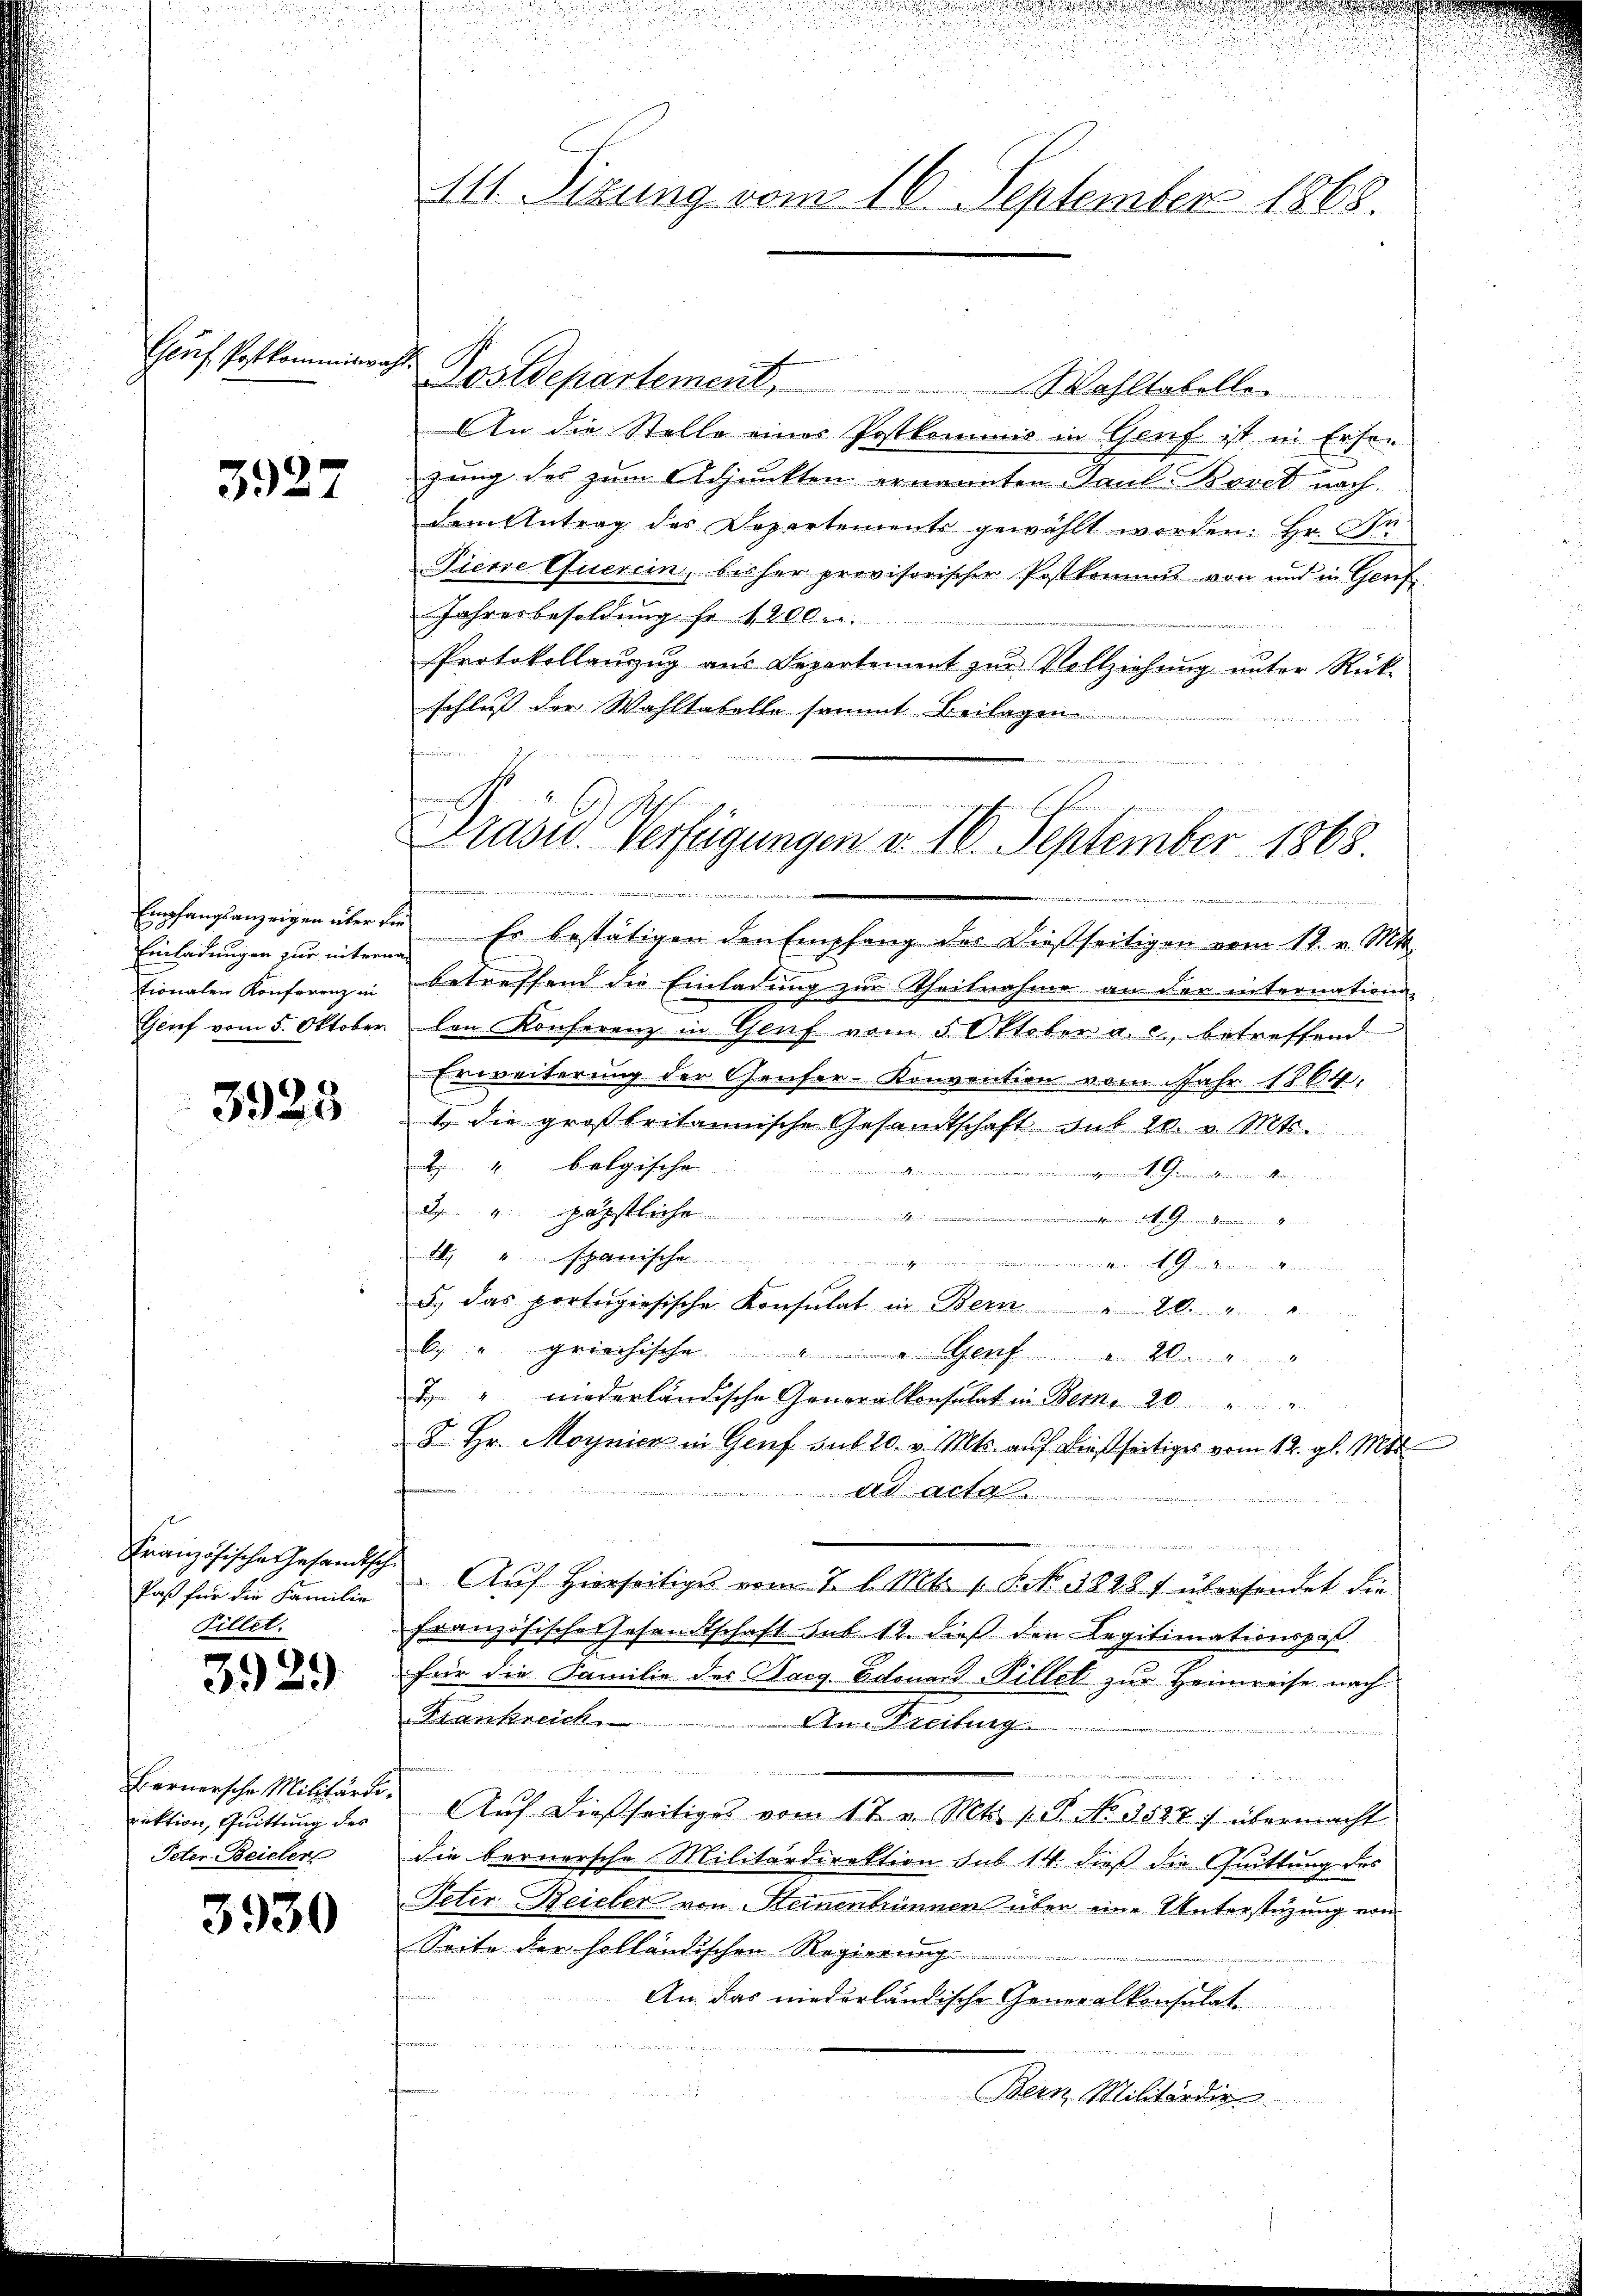
Geuf Postkommiswahl

3927

Einladungen zur internationalen Konferenz in
Genf vom 5. Oktober

3925

Französische Gesandtsch
Paß für die Familie
Fillet.

3929.

Bernersche Militärdirektion, Quittung des
Peter Beieler

3930

111. Sizung vom 16. September 1868.

Postdepartement,

Prasis Verfügungen d. 16. September 1868.
2
.

Waltabelle
An die Stelle einer Postkommis in Genf ist in Erse
zung des zum Adjunkten ernannten Paul. Bovet nach
dem Antrag des Departements gewählt worden: Hr. Dr
Pierre Querein, bisher provisorischer Postkommis von und in Genf
Jahresbesoldung fr 4 Ellen.
Protokollanzug aus Departement zur Vollziehung unter Rück-
schluss der Wahltabelle sammt Beilagen
Empfangsanzeigen über die Er bestätigen den Empfang des Dießseitigen vom 17. v. Mtt.
betreffend die Einladung zur Theilnahme an der internation
len Konferenz in Genf vom 3 Oktober a. c., betreffend
Erweiterung der Genfer-Konvention vom Jahr 1864.
1. die großbritannische Gesandtschaft mit 20. v. Mts.
Z. 4. belgischen
...............
apäpstliche
.................................
4haerische
...........................
S. das portugisische Konsulat in Bern 20.
b griechische Genf
2 " niederländische Generalkonsulat in Berne 20
8. Hr. Moynier in Genf sub 20. v. Mts. auf dießseitiges vom 12. gl. Mt
Ad Acte
 Auf hierseitige vom 7 l. Mts. 1. P. 1828 übersendet. Die
Französische Gesandtschaft sub 12. dieß den Legitimationspos
für die Familie des Bacg Odonand Pillet zur Heinreise nach
Frankreich
An Freitung
e

Auf dießseitiges vom 17. v. Mts. 1. No 1527 übermacht
die bernersche Militärdirektion sub 14 dieß die Quittung des
Peter Beieler von Steinenbrunnen über eine Unterstüzung von
Seite der holländischen Regierung
An das niederländische Generalkonsulate

Bern Militärdir